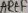
Text: AREF